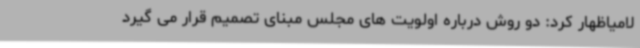
لامیاظهار کرد: دو روش درباره اولویت های مجلس مبنای تصمیم قرار می گیرد